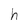
Character: h